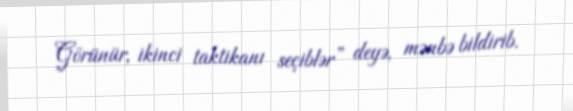
Görünür, ikinci taktikanı seçiblər” deyə, mənbə bildirib.